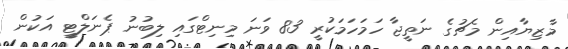
މާޒިޔާއިން މެޗުގެ ނަތީޖާ ހަމަހަމަކުރީ 83 ވަނަ މިނިޓްގައި ލިބުނު ޕެނަލްޓީ އަކުން